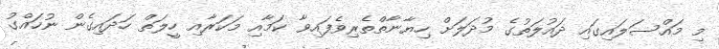
މި މައްސަލައިގައި ދައުލަތުގެ މުދަލަށް ހިޔާނާތްތެރިވެފައިވާ ކަމާއި މަކަރާއި ހީލަތް ހަދައިގެން ނުހައްގު